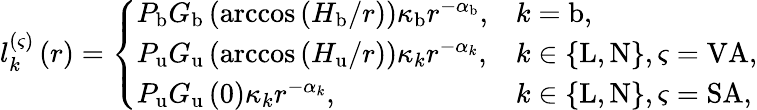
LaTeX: \begin{array}{r}{l_{k}^{\left(\varsigma\right)}\left(r\right)=\left\{ \begin{array}{ll}{P_{\mathrm{b}}G_{\mathrm{b}}\left(\operatorname{arccos}\left(H_{\mathrm{b}}/r\right)\right)\kappa_{\mathrm{b}}r^{-\alpha_{\mathrm{b}}},}&{k=\mathrm{b},}\\ {P_{\mathrm{u}}G_{\mathrm{u}}\left(\operatorname{arccos}\left(H_{\mathrm{u}}/r\right)\right)\kappa_{k}r^{-\alpha_{k}},}&{k\in\left\{ \mathrm{L},\mathrm{N}\right\} ,\varsigma=\mathrm{VA},}\\ {P_{\mathrm{u}}G_{\mathrm{u}}\left(0\right)\kappa_{k}r^{-\alpha_{k}},}&{k\in\left\{ \mathrm{L},\mathrm{N}\right\} ,\varsigma=\mathrm{SA},}\end{array}\right.}\end{array}